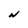
Character: N